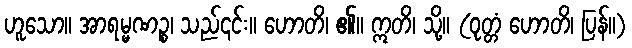
ဟူသော။ အာရမ္မဏဉ္စ၊ သည်၎င်း။ ဟောတိ၊ ၏။ ဣတိ၊ သို့။ (ဝုတ္တံ ဟောတိ၊ ပြန်။)